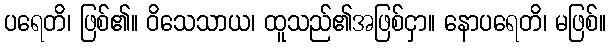
ပရေတိ၊ ဖြစ်၏။ ဝိသေသာယ၊ ထူသည်၏အဖြစ်ငှာ။ နောပရေတိ၊ မဖြစ်။